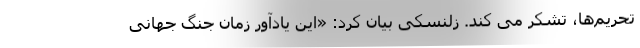
تحریم‌ها، تشکر می کند. زلنسکی بیان کرد: «این یادآور زمان جنگ جهانی